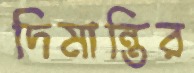
দিমান্তির